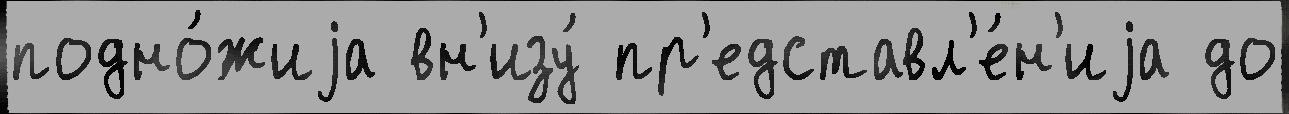
подно́жиjа вн'изу́ пр'едставл'е́н'иjа до